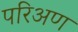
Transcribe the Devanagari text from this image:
परिअण